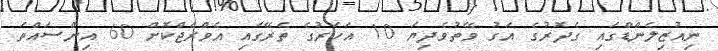
ނިއުޒިލެންޑްގައި ގެދޮރުގެ އަގު ވޭތުވެދިޔަ 10 އަހަރުގެ ތެރޭގައި އެވްރެޖްކޮށް 60 އިންސައްތަ